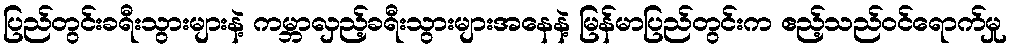
ပြည်တွင်းခရီးသွားများနဲ့ ကမ္ဘာလှည့်ခရီးသွားများအနေနဲ့ မြန်မာပြည်တွင်းက ဧည့်သည်ဝင်ရောက်မှု